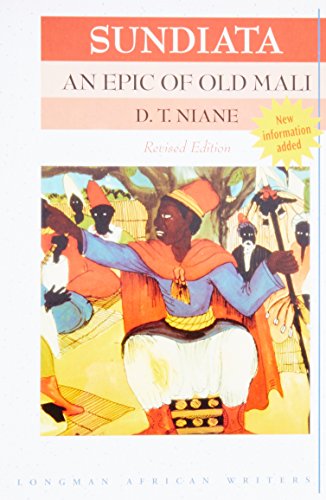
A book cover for Sundiata: An Epic of Old Mali (Revised Edition) (Longman African Writers); D T Niane; Literature & Fiction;